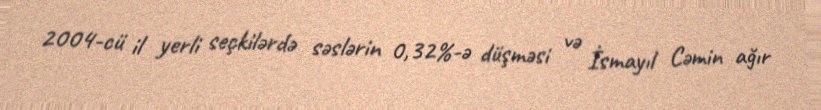
2004-cü il yerli seçkilərdə səslərin 0,32%-ə düşməsi və İsmayıl Cəmin ağır